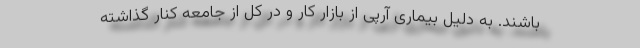
باشند. به دلیل بیماری آرپی از بازار کار و در کل از جامعه کنار گذاشته